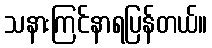
သနားကြင်နာရပြန်တယ်။